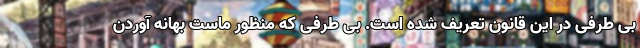
بی طرفی در این قانون تعریف شده است. بی طرفی که منظور ماست بهانه آوردن